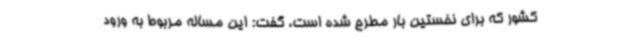
کشور که برای نخستین بار مطرح شده است، گفت: این مساله مربوط به ورود